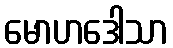
မောဟဒေါသာ